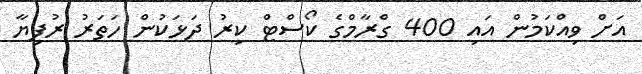
އަށް ވިއްކަމުން އައި 400 ގްރާމްގެ ކޯސްޓް ކިރު ދަޅަކުން ހަތަރު ރުފިޔާ